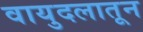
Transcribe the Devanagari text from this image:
वायुदलातून